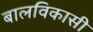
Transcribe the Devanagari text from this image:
बालविकासी